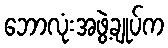
ဘောလုံးအဖွဲ့ချုပ်က